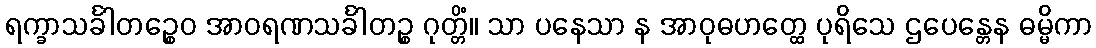
ရက္ခာသင်္ခါတဉ္စေဝ အာဝရဏသင်္ခါတဉ္စ ဂုတ္တိံ။ သာ ပနေသာ န အာဝုဓဟတ္ထေ ပုရိသေ ဌပေန္တေန ဓမ္မိကာ